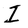
Character: I